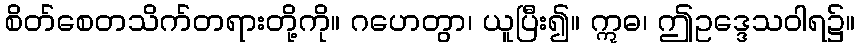
စိတ်စေတသိက်တရားတို့ကို။ ဂဟေတွာ၊ ယူပြီး၍။ ဣဓ၊ ဤဥဒ္ဒေသဝါရ၌။